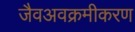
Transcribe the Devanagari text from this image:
जैवअवक्रमीकरण